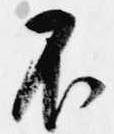
不